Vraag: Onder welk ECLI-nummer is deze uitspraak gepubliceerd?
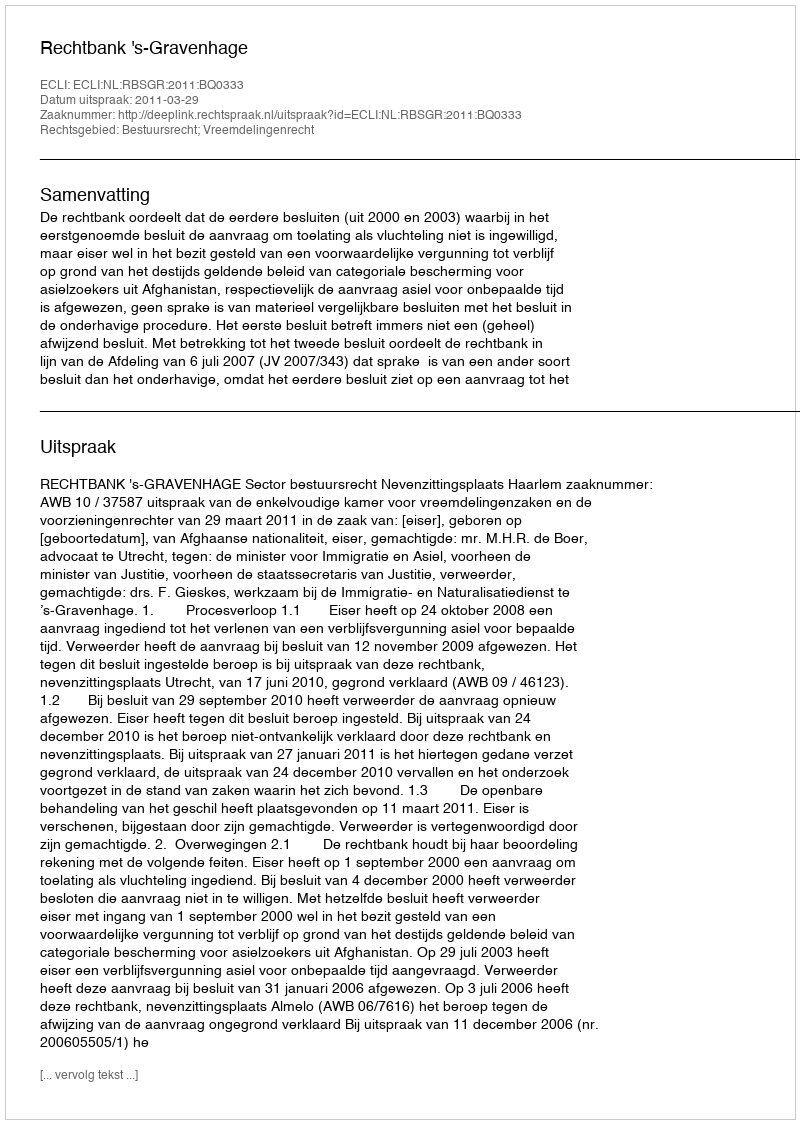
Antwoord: ECLI:NL:RBSGR:2011:BQ0333